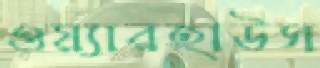
ওয়্যারহাউস